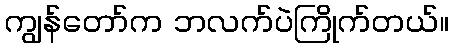
ကျွန်တော်က ဘလက်ပဲကြိုက်တယ်။